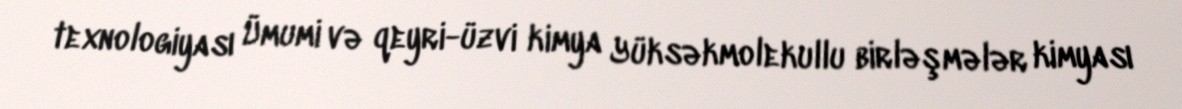
texnologiyası Ümumi və qeyri-üzvi kimya Yüksəkmolekullu birləşmələr kimyası